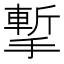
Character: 㨻